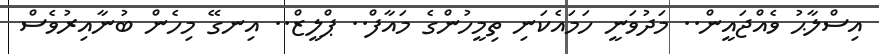
އިސްލާޙު ވެއްޖައީން.. މަދުވަނީ ހަމައެކަނި ތިމީހުންގެ މައާފް.. ޕްލީޒް.. އިނގޭ މިހެން ބުނާއިރުވެސް